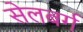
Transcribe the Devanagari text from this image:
सेलबर्ग